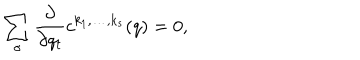
\sum _ { \sigma } { \frac { \partial } { \partial q _ { t } } } c ^ { k _ { 1 } , \ldots , k _ { s } } ( q ) = 0 ,